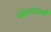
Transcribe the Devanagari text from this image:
पोटकंपनी